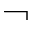
\neg